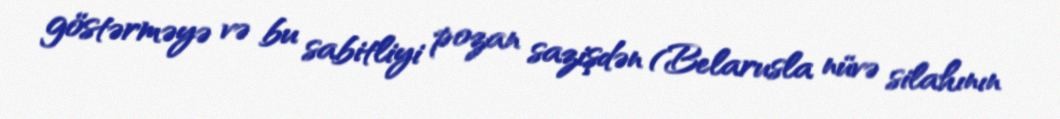
göstərməyə və bu sabitliyi pozan sazişdən (Belarusla nüvə silahının